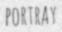
PORTRAY